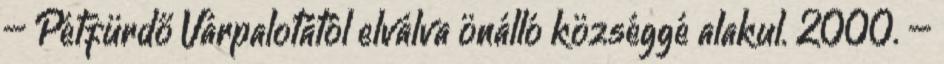
– Pétfürdő Várpalotától elválva önálló községgé alakul. 2000. –